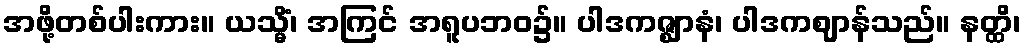
အဖို့တစ်ပါးကား။ ယသ္မိံ၊ အကြင် အရူပဘဝ၌။ ပါဒကဇ္ဈာနံ၊ ပါဒကဈာန်သည်။ နတ္ထိ၊